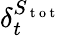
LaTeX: \delta_{t}^{S_{\mathrm{~t~o~t~}}}